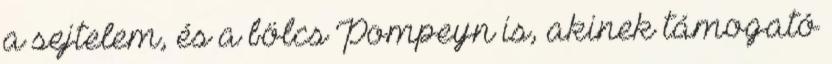
a sejtelem, és a bölcs Pompeyn is, akinek támogató